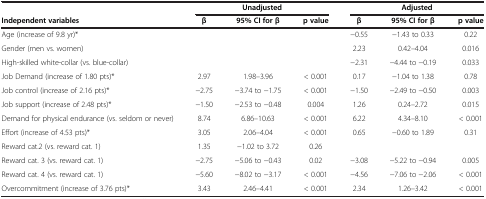
<table><thead><tr><td><b> </b></td><td colspan="3"><b>Unadjusted</b></td><td colspan="3"><b>Adjusted</b></td></tr><tr><td><b>Independent variables</b></td><td><b>β</b></td><td><b>95% CI for β</b></td><td><b>p value</b></td><td><b>β</b></td><td><b>95% CI for β</b></td><td><b>p value</b></td></tr></thead><tbody><tr><td>Age (increase of 9.8 yr)*</td><td> </td><td> </td><td> </td><td>-0.55</td><td>-1.43 to 0.33</td><td>0.22</td></tr><tr><td>Gender (men vs. women)</td><td> </td><td> </td><td> </td><td>2.23</td><td>0.42–4.04</td><td>0.016</td></tr><tr><td>High-skilled white-collar (vs. blue-collar)</td><td> </td><td> </td><td> </td><td>-2.31</td><td>-4.44 to -0.19</td><td>0.033</td></tr><tr><td>Job Demand (increase of 1.80 pts)*</td><td>2.97</td><td>1.98–3.96</td><td>&lt; 0.001</td><td>0.17</td><td>-1.04 to 1.38</td><td>0.78</td></tr><tr><td>Job control (increase of 2.16 pts)*</td><td>-2.75</td><td>-3.74 to -1.75</td><td>&lt; 0.001</td><td>-1.50</td><td>-2.49 to -0.50</td><td>0.003</td></tr><tr><td>Job support (increase of 2.48 pts)*</td><td>-1.50</td><td>-2.53 to -0.48</td><td>0.004</td><td>1.26</td><td>0.24–2.72</td><td>0.015</td></tr><tr><td>Demand for physical endurance (vs. seldom or never)</td><td>8.74</td><td>6.86–10.63</td><td>&lt; 0.001</td><td>6.22</td><td>4.34–8.10</td><td>&lt; 0.001</td></tr><tr><td>Effort (increase of 4.53 pts)*</td><td>3.05</td><td>2.06–4.04</td><td>&lt; 0.001</td><td>0.65</td><td>-0.60 to 1.89</td><td>0.31</td></tr><tr><td>Reward cat.2 (vs. reward cat. 1)</td><td>1.35</td><td>-1.02 to 3.72</td><td>0.26</td><td> </td><td> </td><td> </td></tr><tr><td>Reward cat. 3 (vs. reward cat. 1)</td><td>-2.75</td><td>-5.06 to -0.43</td><td>0.02</td><td>-3.08</td><td>-5.22 to -0.94</td><td>0.005</td></tr><tr><td>Reward cat. 4 (vs. reward cat. 1)</td><td>-5.60</td><td>-8.02 to -3.17</td><td>&lt; 0.001</td><td>-4.56</td><td>-7.06 to -2.06</td><td>&lt; 0.001</td></tr><tr><td>Overcommitment (increase of 3.76 pts)*</td><td>3.43</td><td>2.46–4.41</td><td>&lt; 0.001</td><td>2.34</td><td>1.26–3.42</td><td>&lt; 0.001</td></tr></tbody></table>